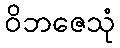
ဝိဘဇေသုံ